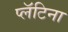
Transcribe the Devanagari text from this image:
प्लॅटिना